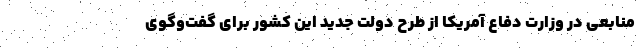
منابعی در وزارت دفاع آمریکا از طرح دولت جدید این کشور برای گفت‌و‌گوی